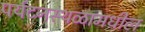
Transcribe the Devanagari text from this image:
पर्यटनस्थळामधील